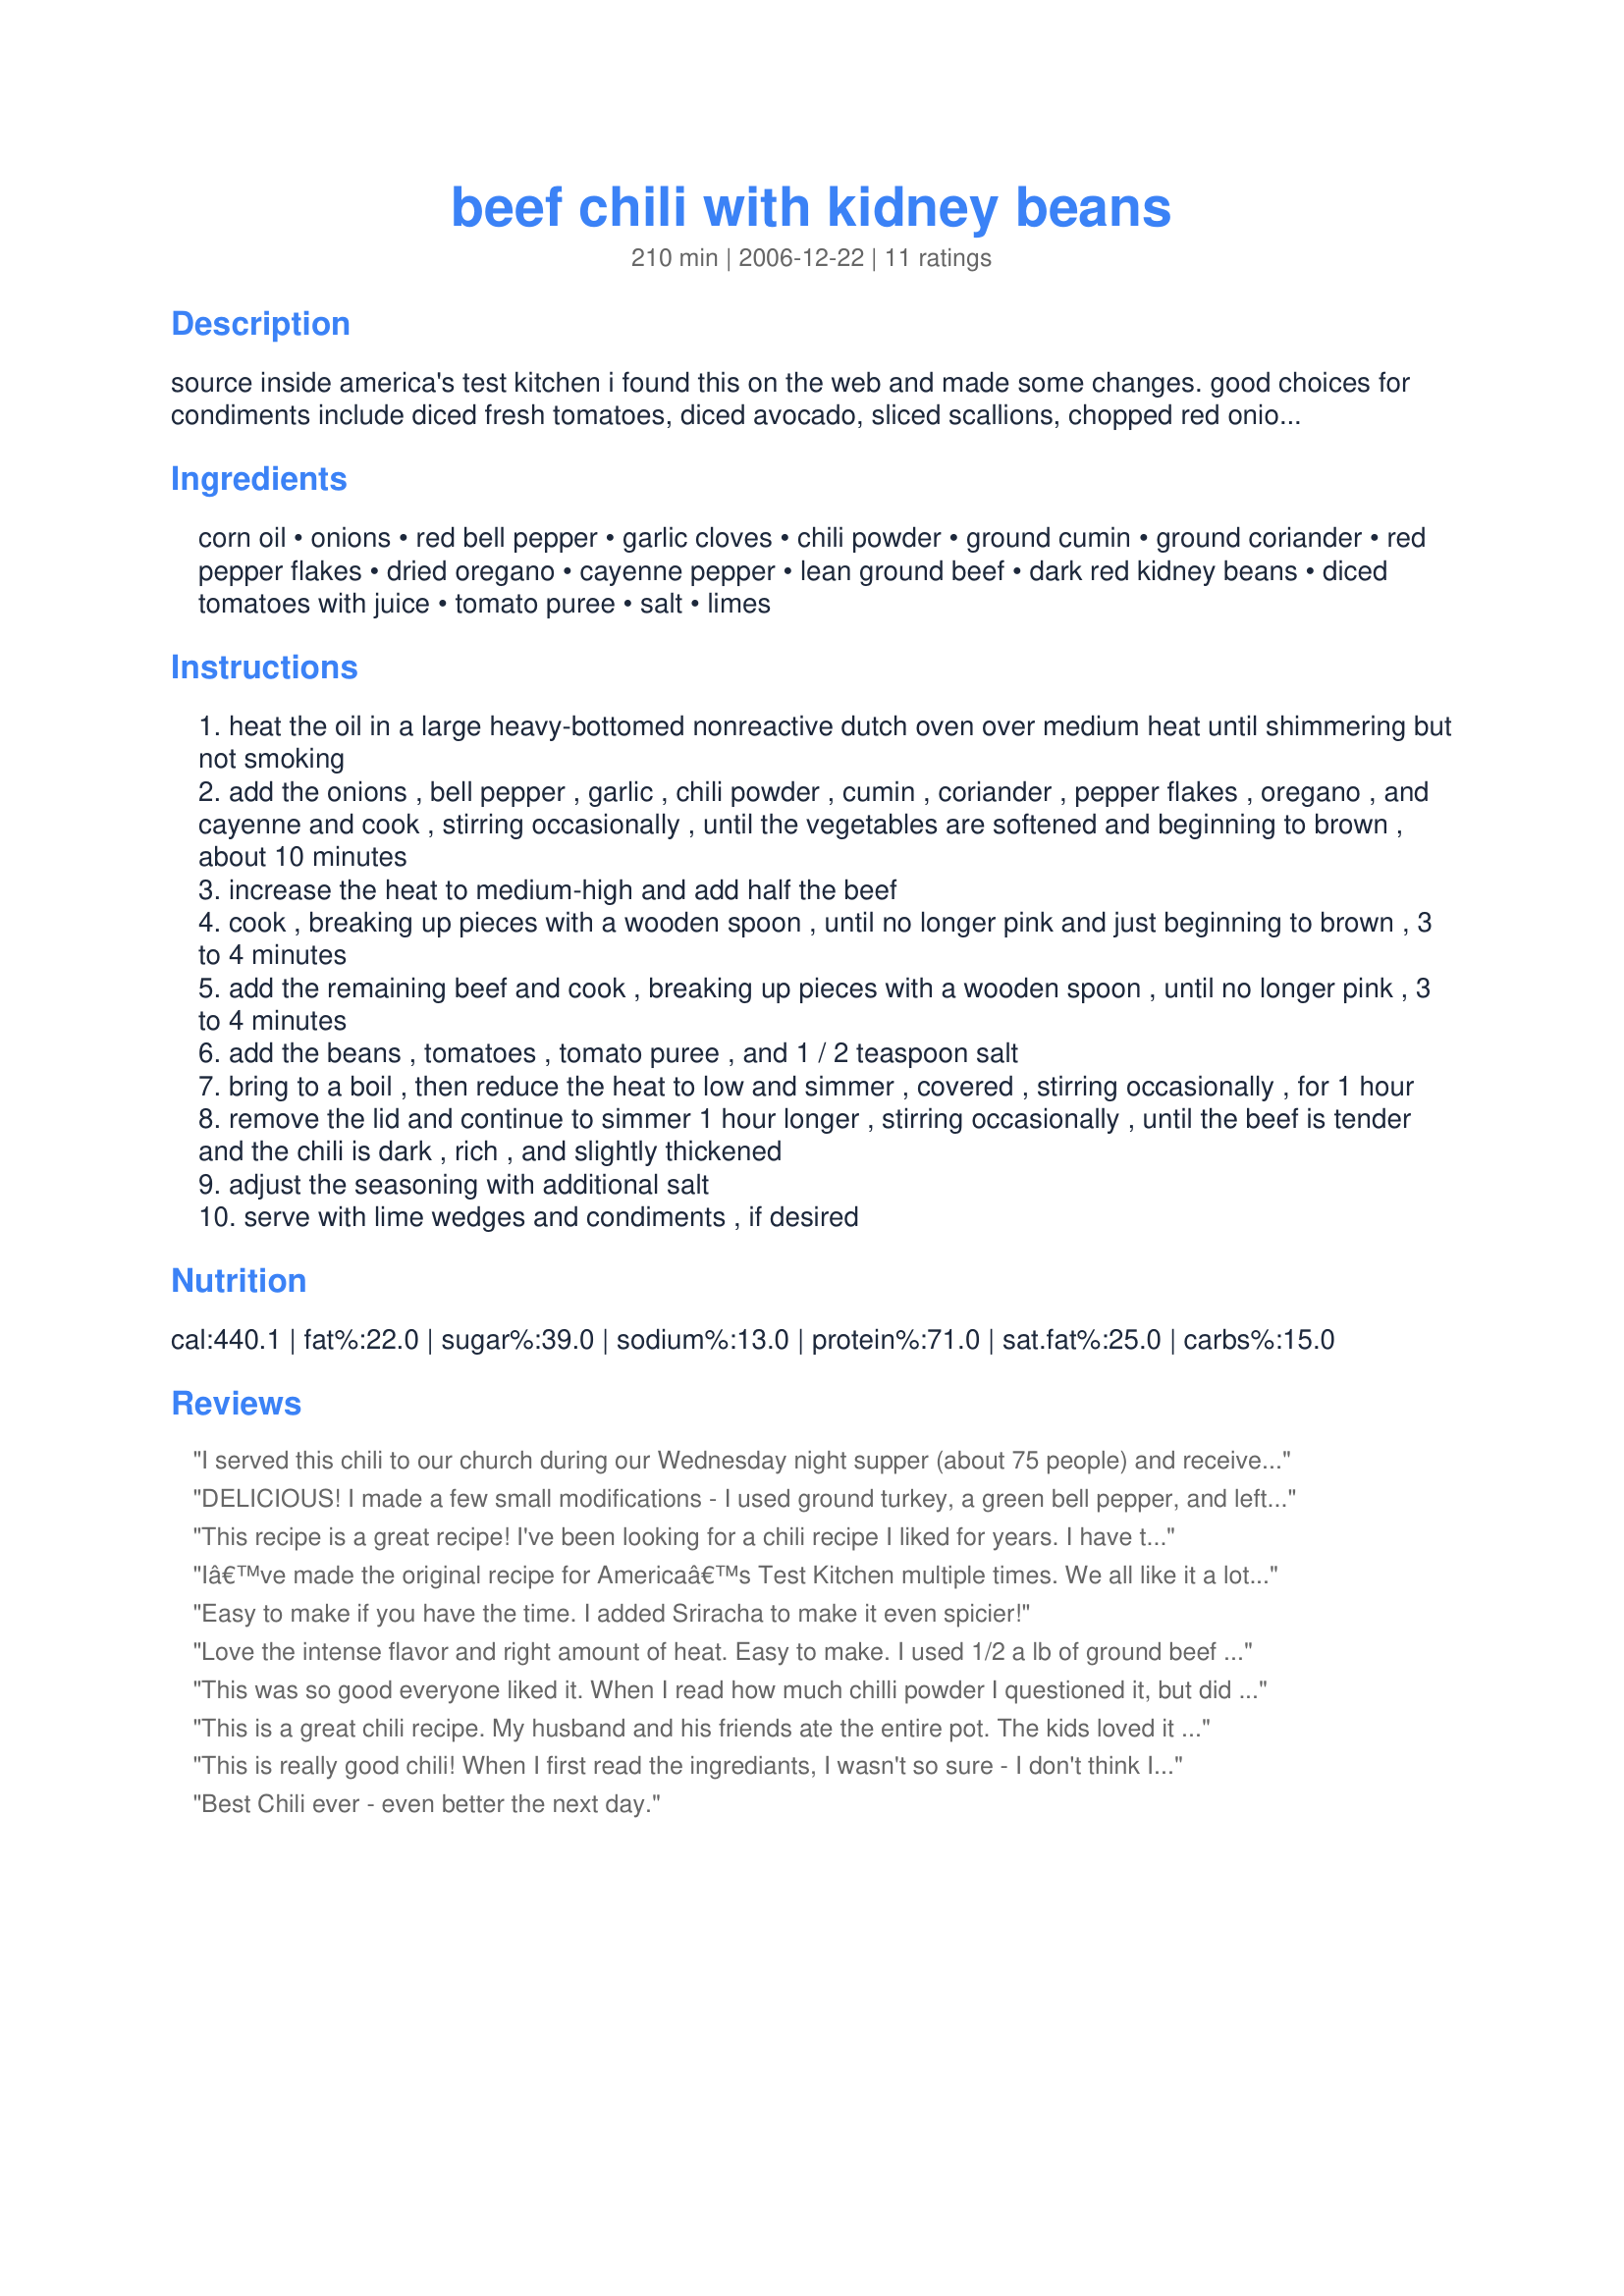
beef chili with kidney beans
Preparation time: 210 minutes

source inside america's test kitchen
i found this on the web and made some changes.

good choices for condiments include diced fresh tomatoes, diced
avocado, sliced scallions, chopped red onion, chopped cilantro
leaves, sour cream, and shredded monterey jack or cheddar cheese.
if you are a fan of spicy food, consider using a little more of the
red pepper flakes or cayenne--or both. the flavor of the chili
improves with age; if possible, make it a day or up to five days
in advance and reheat before serving. leftovers can be frozen for
up to a month.

substitute beer or bourbon for water.

Ingredients:
corn oil, onions, red bell pepper, garlic cloves, chili powder, ground cumin, ground coriander, red pepper flakes, dried oregano, cayenne pepper, lean ground beef, dark red kidney beans, diced tomatoes with juice, tomato puree, salt, limes

Steps:
heat the oil in a large heavy-bottomed nonreactive dutch oven over medium heat until shimmering but not smoking
add the onions , bell pepper , garlic , chili powder , cumin , coriander , pepper flakes , oregano , and cayenne and cook , stirring occasionally , until the vegetables are softened and beginning to brown , about 10 minutes
increase the heat to medium-high and add half the beef
cook , breaking up pieces with a wooden spoon , until no longer pink and just beginning to brown , 3 to 4 minutes
add the remaining beef and cook , breaking up pieces with a wooden spoon , until no longer pink , 3 to 4 minutes
add the beans , tomatoes , tomato puree , and 1 / 2 teaspoon salt
bring to a boil , then reduce the heat to low and simmer , covered , stirring occasionally , for 1 hour
remove the lid and continue to simmer 1 hour longer , stirring occasionally , until the beef is tender and the chili is dark , rich , and slightly thickened
adjust the seasoning with additional salt
serve with lime wedges and condiments , if desired

Reviews:
I served this chili to our church during our Wednesday night supper (about 75 people) and received rave reviews.
DELICIOUS! I made a few small modifications - I used ground turkey, a green bell pepper, and left out the red pepper flakes because I didn't have any. I also used 2 small (6 oz. cans I think) of tomato paste and 2 small cans of water in place of the puree since I didn't have any of that in the cupboard. We topped it with mozzarella cheese and some yogurt instead of sour cream. It was easy to make and sooo yummy and filling. I think this is something you can make to be more or less spicy depending on your taste preference. The way I made it (basically following the recipe, besides leaving the red pepper flakes out), I thought it was very flavorful but not too (spicy) hot or overpowering. Thanks so much for sharing!!
This recipe is a great recipe! I've been looking for a chili recipe I liked for years. I have to say this is the one! I did tweak it a bit, but it was a fantastic start for be to build on. First, I replaced the beef with ground turkey, then I added a large ham shank. I also added 2 T. of cocoa powder, about 1 tsp salt, and butter. I know that sounds strange. The recipe made as is, needed something, in my opinion. It just wasn't 'full' enough in flavor. That probably doesn't make sense. My father recommended a pigs foot! YUCK! Or butter. I opted for the butter. It tastes fabulous now, for us. Thank you sooooo much for this recipe.
Iâ€™ve made the original recipe for Americaâ€™s Test Kitchen multiple times. We all like it a lot. I canâ€™t tell how much youâ€™ve modified it but it looks pretty much the same. I think I might try your version on my next camping trip in my dutch oven.

Thanks!
Easy to make if you have the time. I added Sriracha to make it even spicier!
Love the intense flavor and right amount of heat. Easy to make. I used 1/2 a lb of ground beef and adjusted the other measurements and made plenty for two with lots left over.
This was so good everyone liked it. When I read how much chilli powder I questioned it, but did it just as the recipe said. It is great the next day just not enough left over.
This is a great chili recipe. My husband and his friends ate the entire pot. The kids loved it too. I actually had to make this recipe twice in the same week. Thanks for posting!
This is really good chili! When I first read the ingrediants, I wasn't so sure - I don't think I have ever used a 1/4 cup of chili powder in anything =) But it turned out really good and tasty. Not too hot and spicy. I was tired of using the prepackaged seasoning and this recipe tastes so much better. Thanks!
Best Chili ever - even better the next day.
Great stew! I used 2 lbs. stew beef browned it first added it to a crock pot. Then I sauteed onions and pepper and 3 cloves garlic. Added that to the crockpot along with the rest of the ingredients. Cooked on high 1 hour then low 3, maybe 4 more hours.
